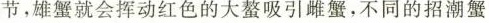
节，雄蟹就会挥动红色的大螯吸引雌蟹，不同的招潮蟹